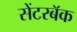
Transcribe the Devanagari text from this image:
सेंटरबॅक